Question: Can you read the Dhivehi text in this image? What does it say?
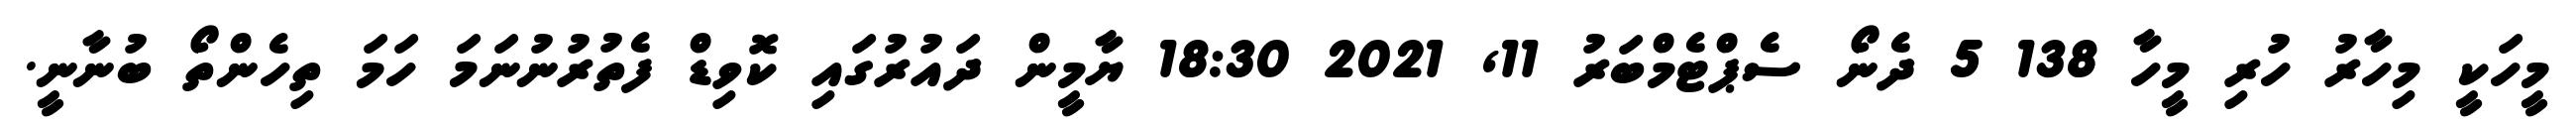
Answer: މީހަކީ މިހާރު ހުރި މީހާ 138 5 ދެނޯ ސެޕްޓެމްބަރު 11, 2021 18:30 ޔާމީން ދައުރުގައި ކޮވިޑް ފެތުރުނުނަމަ ހަމަ ތިހެންތޯ ބުނާނީ.